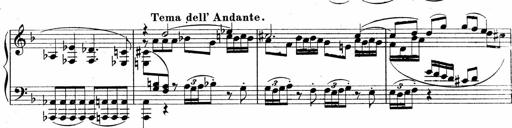
Title: Sonatina No.5
Composer: Otto Stoll
Key: F-sharp minor